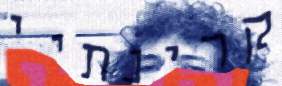
קרינתיי